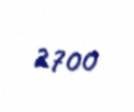
2700